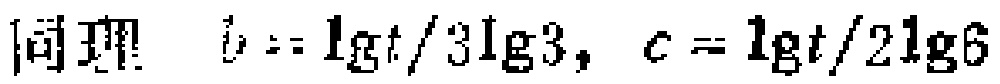
同理 \(b = \lg t / 3\lg 3,\ c = \lg t / 2\lg 6\)